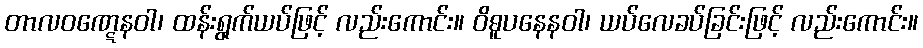
တာလဝဏ္ဋေနဝါ၊ ထန်းရွက်ယပ်ဖြင့် လည်းကောင်း။ ဝိဓူပနေနဝါ၊ ယပ်လေခပ်ခြင်းဖြင့် လည်းကောင်း။